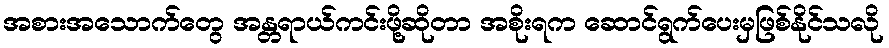
အစားအသောက်တွေ အန္တရာယ်ကင်းဖို့ဆိုတာ အစိုးရက ဆောင်ရွက်ပေးမှဖြစ်နိုင်သလို